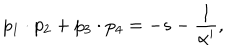
p _ { 1 } \cdot p _ { 2 } + p _ { 3 } \cdot p _ { 4 } = - s - \frac { 1 } { \alpha ^ { \prime } } ,